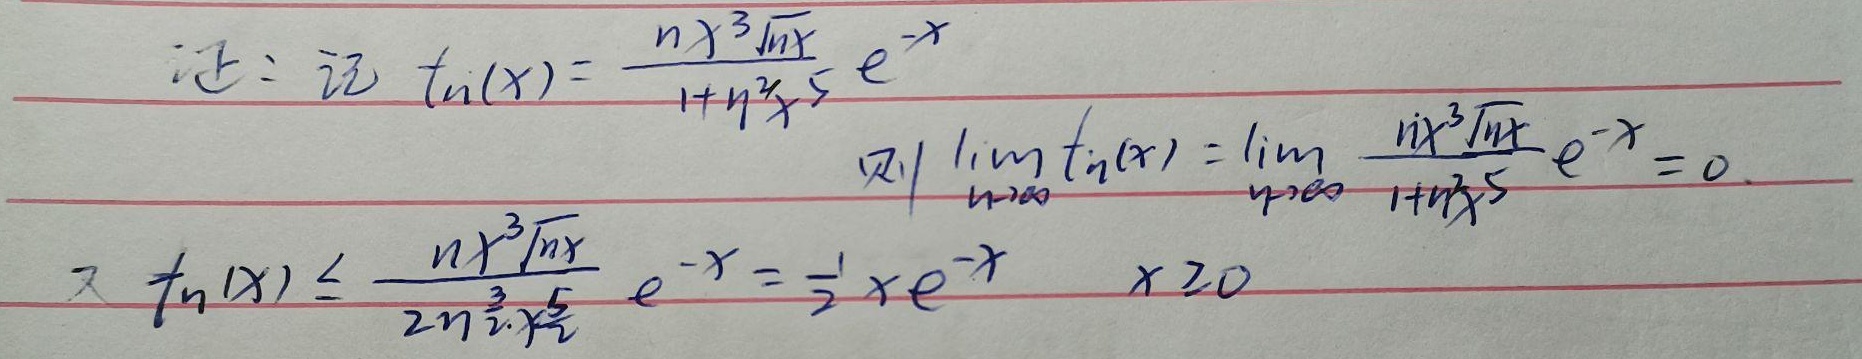
证：记\(t_{n}(x)= \frac{nx^{3}\sqrt{nx}}{1 + n^{2}x^{5}}e^{-x}\)，则
\(\lim_{n \to \infty}t_{n}(x) =\lim_{n \to \infty} \frac{nx^{3}\sqrt{nx}}{1 + n^{2}x^{5}}e^{-x} = 0\)。
又\(t_{n}(x)\leq\frac{nx^{3}\sqrt{nx}}{2n^{\frac{3}{2}}x^{\frac{5}{2}}}e^{-x} =\frac{1}{2}xe^{-x}\quad (x\geq0)\)